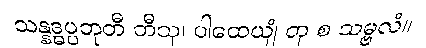
သန္နဒ္ဓပ္ပဘုတီ တီသု၊ ပါထေယျံ တု စ သမ္ဗလံ။